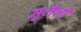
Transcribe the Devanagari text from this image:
मुलैली